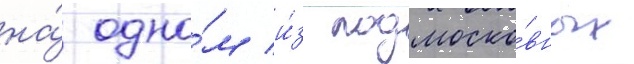
на́ одно́м и́з подмоско́вных